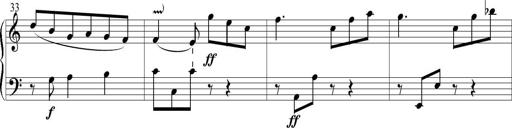
Title: 6 Leichte Sonatinen, Teil 1
Composer: F. Sigismund Sander